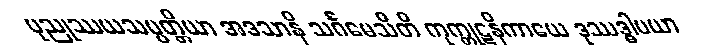
ပုညုဿယသမ္ပတ္တိယာ အဒသာနိ သင်္ဂမေသီတိ ကုက္ကုဋနိကာယေ ဒုဿဒ္ဓါပယာ